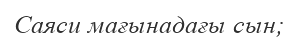
Саяси мағынадағы сын;